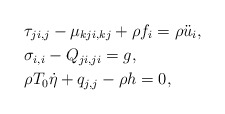
\begin{align*} & \tau_{ji,j}-\mu_{kji,kj}+\rho f_{i}=\rho\ddot{u}_{i},\\ & \sigma_{i,i}-Q_{ji,ji}=g,\\ & \rho T_{0}\dot{\eta}+q_{j,j}-\rho h=0,\end{align*}